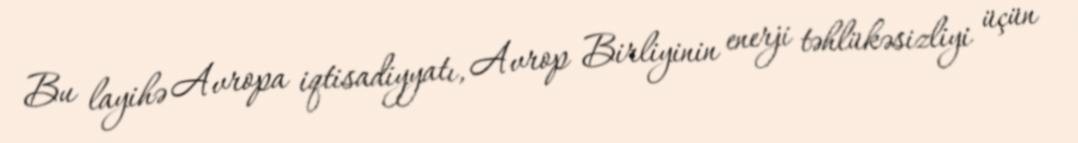
Bu layihə Avropa iqtisadiyyatı, Avrop Birliyinin enerji təhlükəsizliyi üçün